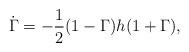
LaTeX: \begin{align*}\dot{\Gamma }=-\frac{1}{2}(1-\Gamma )h(1+\Gamma ),\end{align*}